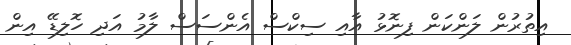
އިތުރުން ލަންކަން ފިނޮޅު އާއި ސިކްސް އެންސަސް ލާމު އަދި ހޮލިޑޭ އިން